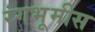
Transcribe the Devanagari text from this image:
रंगभूमीस